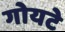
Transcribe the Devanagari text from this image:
गोयटे